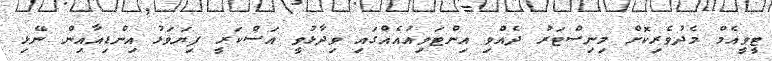
ޓީވީއެމް މެދުވެރިކޮށް މިނިސްޓަރު ދެއްވި އިންޓަވިއުއެއްގައި ވިދާޅުވީ އަސްކަރީ ފިޔަވަޅު އިންޑިއާއިން ނޭޅި